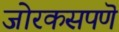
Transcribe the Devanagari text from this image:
जोरकसपणॆ